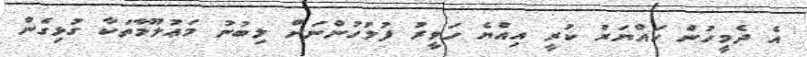
އެ ދެމީހުން ހައްޔަރު ކުރީ އިއްޔެ ހަވީރު ފުލުހުންނަށް ލިބުނު މަޢުލޫމާތަކާ ގުޅިގެން